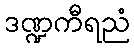
ဒဏ္ဍကီရညံ